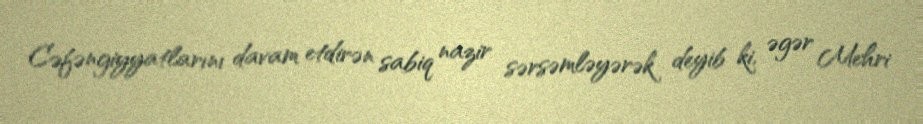
Cəfəngiyyatlarını davam etdirən sabiq nazir sərsəmləyərək deyib ki, əgər Mehri